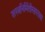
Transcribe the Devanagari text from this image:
शस्त्रनिर्मितीसारख्या